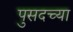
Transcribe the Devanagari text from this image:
पुसदच्या